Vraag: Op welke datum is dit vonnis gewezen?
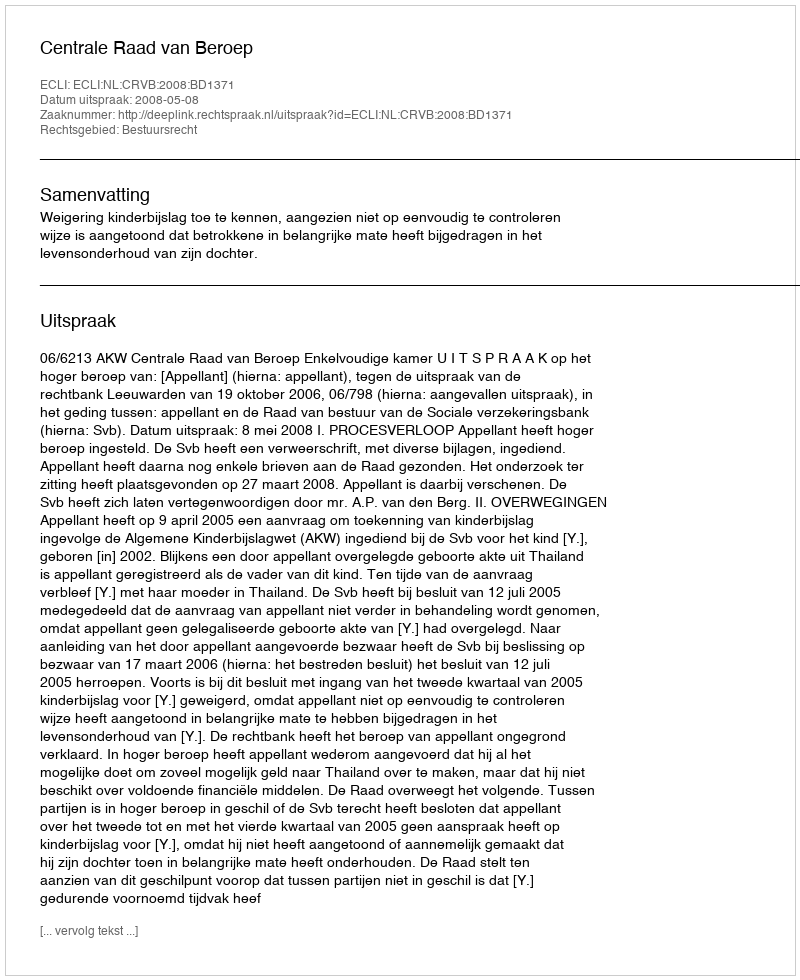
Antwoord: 2008-05-08